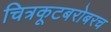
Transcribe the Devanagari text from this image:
चित्रकूटबरोबरच